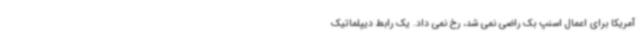
آمریکا برای اعمال اسنپ بک راضی نمی شد، رخ نمی داد. یک رابط دیپلماتیک